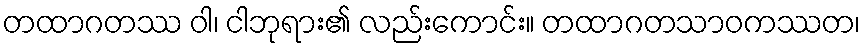
တထာဂတဿ ဝါ၊ ငါဘုရား၏ လည်းကောင်း။ တထာဂတသာဝကဿတ၊